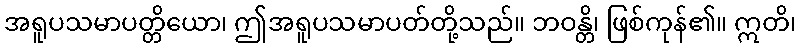
အရူပသမာပတ္တိယော၊ ဤအရူပသမာပတ်တို့သည်။ ဘဝန္တိ၊ ဖြစ်ကုန်၏။ ဣတိ၊